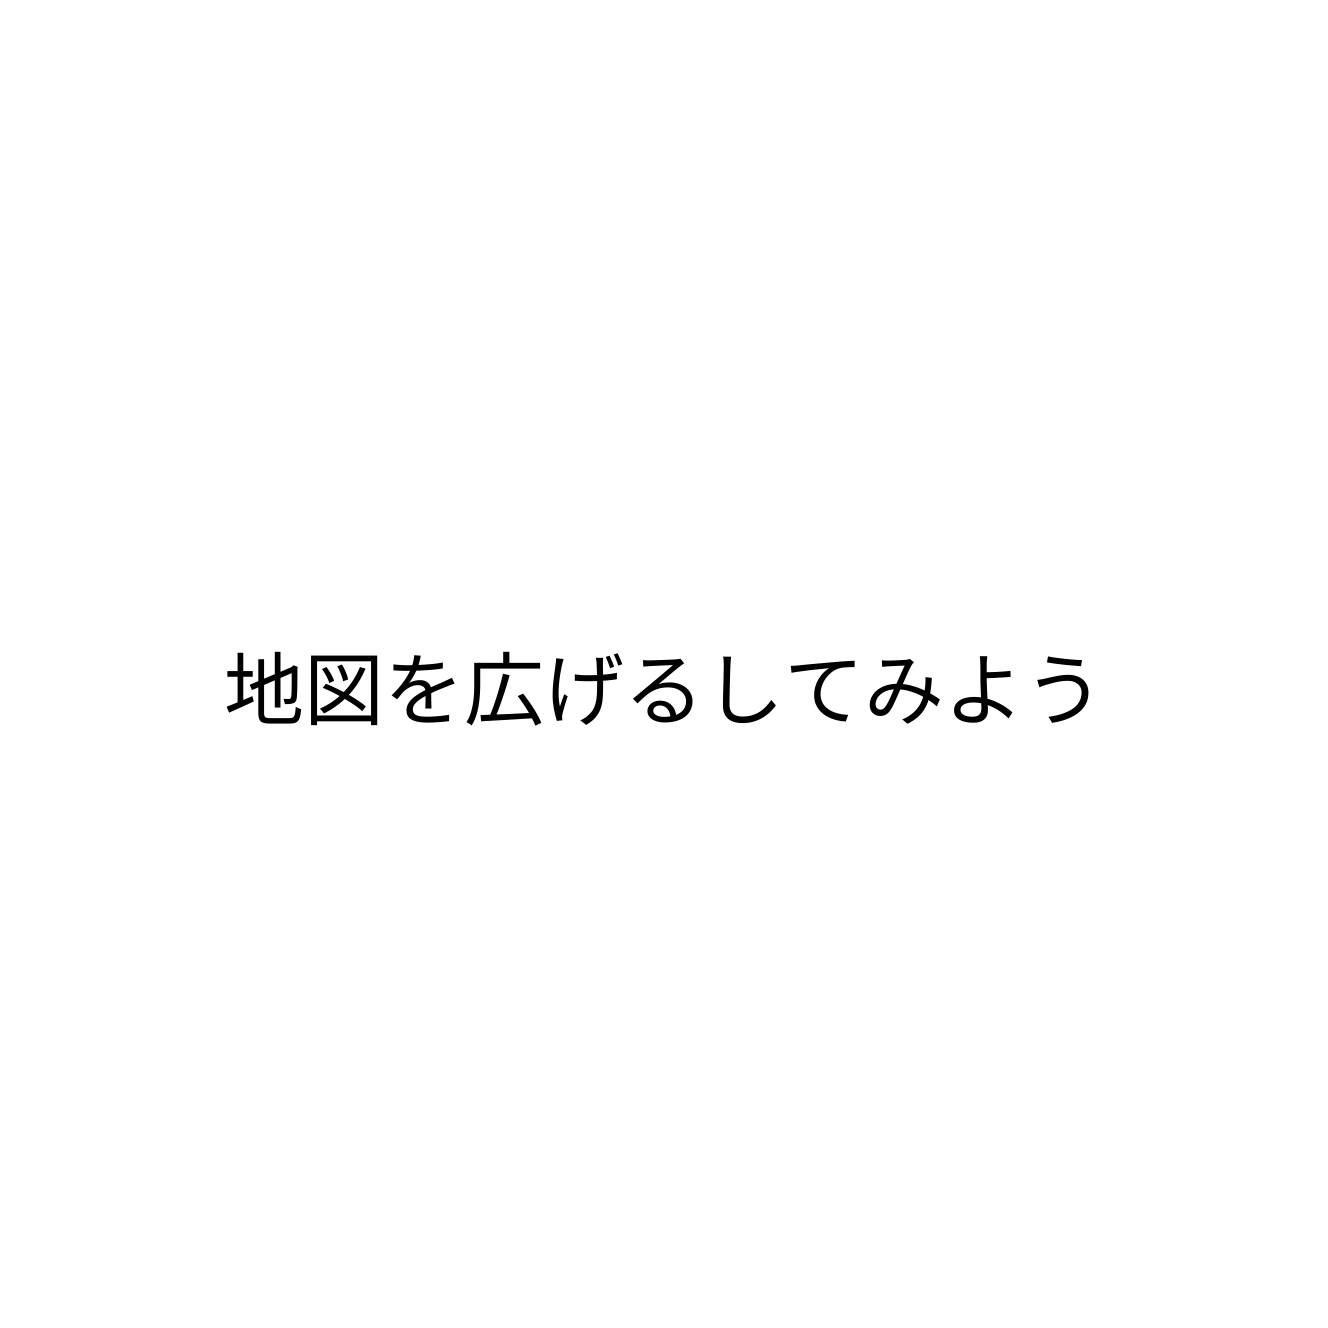
地図を広げるしてみよう